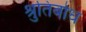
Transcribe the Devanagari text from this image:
श्रुतिबोध